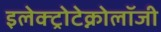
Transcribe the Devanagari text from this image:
इलेक्ट्रोटेक्नोलॉजी